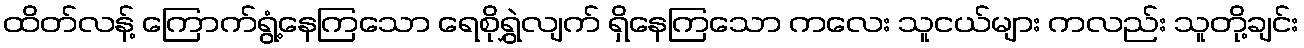
ထိတ်လန့် ကြောက်ရွံ့နေကြသော ရေစိုရွှဲလျက် ရှိနေကြသော ကလေး သူငယ်များ ကလည်း သူတို့ချင်း